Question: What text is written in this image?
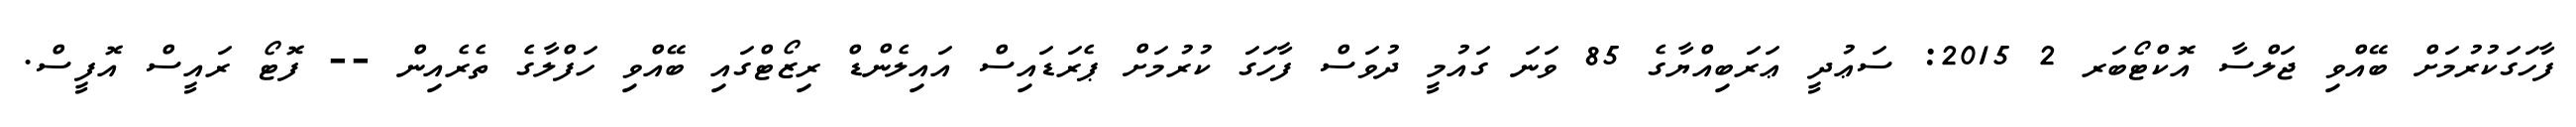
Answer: ފާހަގަކުރުމަށް ބޭއްވި ޖަލްސާ އޮކްޓޯބަރ 2 2015: ސަޢުދީ ޢަރަބިއްޔާގެ 85 ވަނަ ގައުމީ ދުވަސް ފާހަގަ ކުރުމަށް ޕެރަޑައިސް އައިލެންޑް ރިޒޯޓްގައި ބޭއްވި ހަފްލާގެ ތެރެއިން -- ފޮޓޯ ރައީސް އޮފީސް.